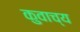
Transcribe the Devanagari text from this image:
कुवाच्य